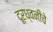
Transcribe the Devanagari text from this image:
दूरध्वनीचे